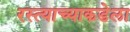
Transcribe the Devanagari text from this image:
रस्त्याच्याकडेला